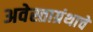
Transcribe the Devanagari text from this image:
अवेस्ताग्रंथाचे